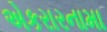
એકરારનામા